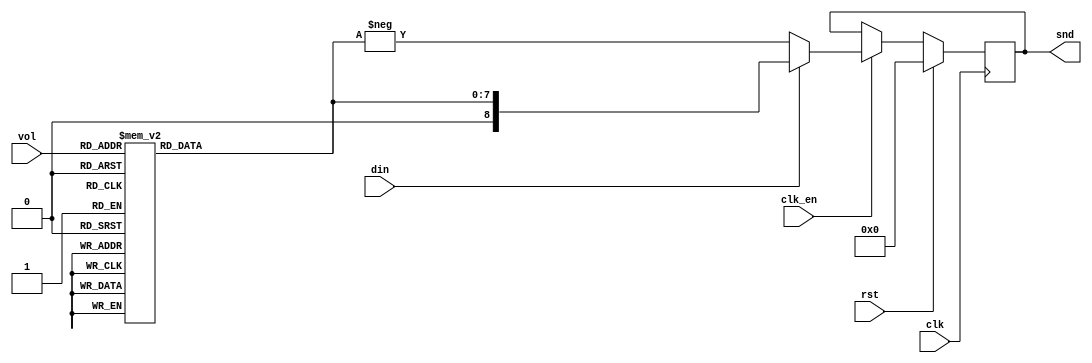
/*  This file is part of JT89.

    JT89 is free software: you can redistribute it and/or modify
    it under the terms of the GNU General Public License as published by
    the Free Software Foundation, either version 3 of the License, or
    (at your option) any later version.

    JT89 is distributed in the hope that it will be useful,
    but WITHOUT ANY WARRANTY; without even the implied warranty of
    MERCHANTABILITY or FITNESS FOR A PARTICULAR PURPOSE.  See the
    GNU General Public License for more details.

    You should have received a copy of the GNU General Public License
    along with JT89.  If not, see <http://www.gnu.org/licenses/>.

    Author: Jose Tejada Gomez. Twitter: @topapate
    Version: 1.0
    Date: December, 1st 2018
    
    This work was originally based in the implementation found on the
    SMS core of MiST
    
    */

module jt89_vol(
    input         clk,
    input         clk_en,
    input         rst,
    input         din,
    input  [3:0]  vol,
    output reg signed [8:0]  snd   
);


reg [7:0] max;

always @(*)
    case ( vol ) // 2dB per LSB (20*log10)
        4'd0:  max = 8'd255;
        4'd1:  max = 8'd203;
        4'd2:  max = 8'd161;
        4'd3:  max = 8'd128;
        4'd4:  max = 8'd102;
        4'd5:  max = 8'd81;
        4'd6:  max = 8'd64;
        4'd7:  max = 8'd51;
        4'd8:  max = 8'd40;
        4'd9:  max = 8'd32;
        4'd10: max = 8'd26;
        4'd11: max = 8'd20;
        4'd12: max = 8'd16;
        4'd13: max = 8'd13;
        4'd14: max = 8'd10;
        4'd15: max = 8'd0;
    endcase

always @(posedge clk)
    if( rst )
        snd <= 9'd0;
    else if( clk_en )
        snd <= din ? {1'b0,max} : -{1'b0,max};

endmodule